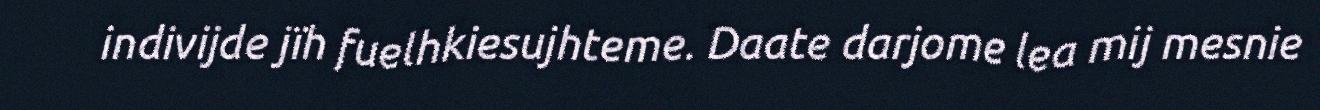
indivijde jïh fuelhkiesujhteme. Daate darjome lea mij mesnie